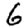
Digit: 6